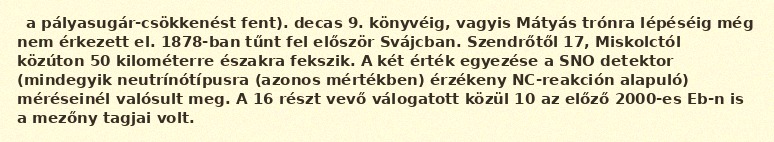
a pályasugár-csökkenést fent). decas 9. könyvéig, vagyis Mátyás trónra lépéséig még nem érkezett el. 1878-ban tűnt fel először Svájcban. Szendrőtől 17, Miskolctól közúton 50 kilométerre északra fekszik. A két érték egyezése a SNO detektor (mindegyik neutrínótípusra (azonos mértékben) érzékeny NC-reakción alapuló) méréseinél valósult meg. A 16 részt vevő válogatott közül 10 az előző 2000-es Eb-n is a mezőny tagjai volt.